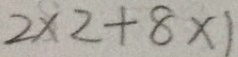
2 \times 2 + 8 \times 1